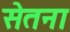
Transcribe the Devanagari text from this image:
सेतना